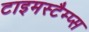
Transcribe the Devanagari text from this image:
टाइमस्टैम्प्स